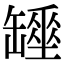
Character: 𦉖